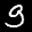
Label: 9